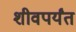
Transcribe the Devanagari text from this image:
शीवपर्यंत